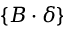
\{ B \cdot \delta \}